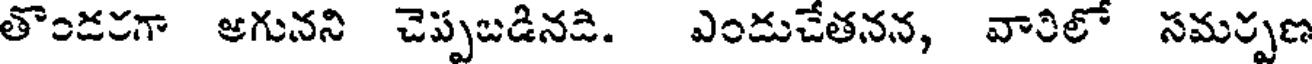
తొండరగా ఆగునని చెప్పబడినడి. ఎండుచేతనన, వారిలో సమర్పణ